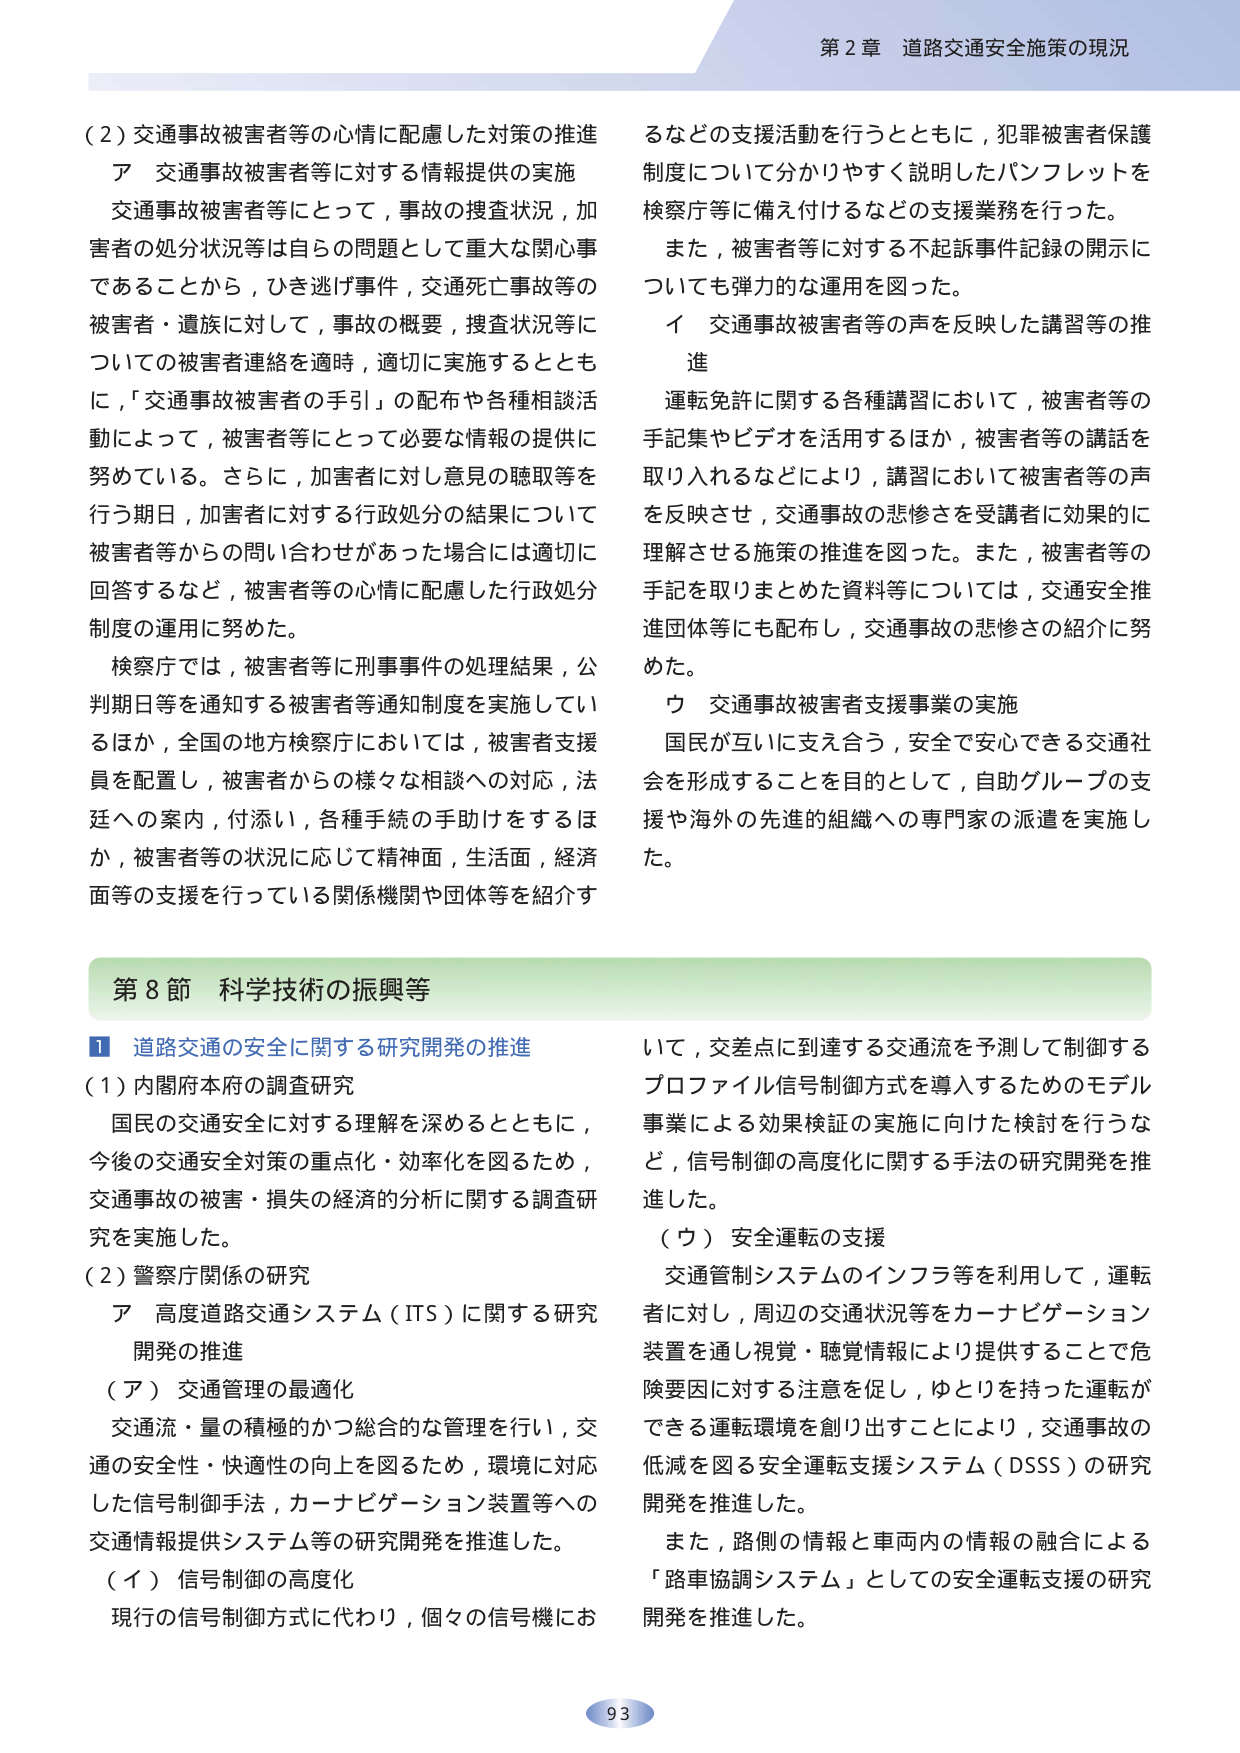
第２章 道路交通安全施策の現況

（２）交通事故被害者等の心情に配慮した対策の推進
ア 交通事故被害者等に対する情報提供の実施
交通事故被害者等にとって，事故の捜査状況，加害者の処分状況等は自らの問題として重大な関心事であることから，ひき逃げ事件，交通死亡事故等の被害者・遺族に対して，事故の概要，捜査状況等についての被害者連絡を適時，適切に実施するとともに，「交通事故被害者の手引」の配布や各種相談活動によって，被害者等にとって必要な情報の提供に努めている。さらに，加害者に対し意見の聴取等を行う期日，加害者に対する行政処分の結果について被害者等からの問い合わせがあった場合には適切に回答するなど，被害者等の心情に配慮した行政処分制度の運用に努めた。

検察庁では，被害者等に刑事事件の処理結果，公判期日等を通知する被害者等通知制度を実施しているほか，全国の地方検察庁においては，被害者支援員を配置し，被害者からの様々な相談への対応，法廷への案内，付添い，各種手続の手助けをするほか，被害者等の状況に応じて精神面，生活面，経済面等の支援を行っている関係機関や団体等を紹介するなどの支援活動を行うとともに，犯罪被害者保護制度について分かりやすく説明したパンフレットを検察庁等に備え付けるなどの支援業務を行った。

また，被害者等に対する不起訴事件記録の開示についても弾力的な運用を図った。

イ 交通事故被害者等の声を反映した講習等の推進
運転免許に関する各種講習において，被害者等の手記集やビデオを活用するほか，被害者等の講話を取り入れるなどにより，講習において被害者等の声を反映させ，交通事故の悲惨さを受講者に効果的に理解させる施策の推進を図った。また，被害者等の手記を取りまとめた資料等については，交通安全推進団体等にも配布し，交通事故の悲惨さの紹介に努めた。

ウ 交通事故被害者支援事業の実施
国民が互いに支え合う，安全で安心できる交通社会を形成することを目的として，自助グループの支援や海外の先進的組織への専門家の派遣を実施した。

第８節 科学技術の振興等

１ 道路交通の安全に関する研究開発の推進
（１）内閣府本府の調査研究
国民の交通安全に対する理解を深めるとともに，今後の交通安全対策の重点化・効率化を図るため，交通事故の被害・損失の経済的分析に関する調査研究を実施した。

（２）警察庁関係の研究
ア 高度道路交通システム（ITS）に関する研究開発の推進
（ア）交通管理の最適化
交通流・量の積極的かつ総合的な管理を行い，交通の安全性・快適性の向上を図るため，環境に対応した信号制御手法，カーナビゲーション装置等への交通情報提供システム等の研究開発を推進した。
（イ）信号制御の高度化
現行の信号制御方式に代わり，個々の信号機において，交差点に到達する交通流を予測して制御するプロファイル信号制御方式を導入するためのモデル事業による効果検証の実施に向けた検討を行うなど，信号制御の高度化に関する手法の研究開発を推進した。

（ウ）安全運転の支援
交通管制システムのインフラ等を利用して，運転者に対し，周辺の交通状況等をカーナビゲーション装置を通じ視覚・聴覚情報により提供することで危険要因に対する注意を促し，ゆとりを持った運転ができる運転環境を創り出すことにより，交通事故の低減を図る安全運転支援システム（DSSS）の研究開発を推進した。

また，路側の情報と車両内の情報の融合による「路車協調システム」としての安全運転支援の研究開発を推進した。

93